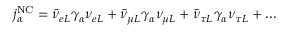
j _ { \alpha } ^ { \mathrm { N C } } = \bar { \nu } _ { e L } \gamma _ { \alpha } \nu _ { e L } + \bar { \nu } _ { \mu L } \gamma _ { \alpha } \nu _ { \mu L } + \bar { \nu } _ { \tau L } \gamma _ { \alpha } \nu _ { \tau L } + \ldots